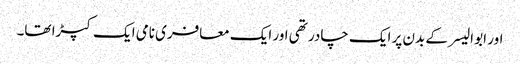
اور ابو الیسر کے بدن پر ایک چادر تھی اور ایک معافری نامی ایک کپڑا تھا۔